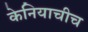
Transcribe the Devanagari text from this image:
केनियाचीच